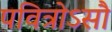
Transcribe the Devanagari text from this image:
पवित्रोऽसौ